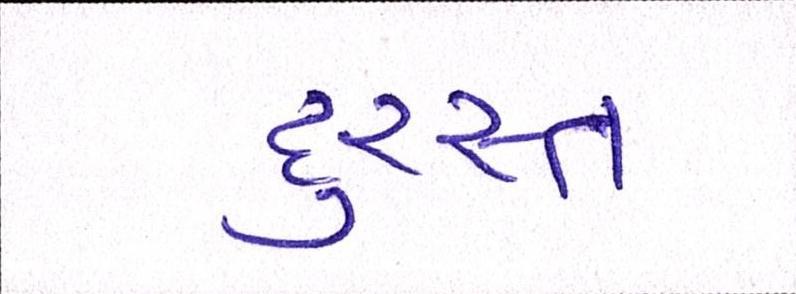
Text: દુરસ્ત